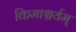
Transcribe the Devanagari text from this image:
किमाश्चर्यम्